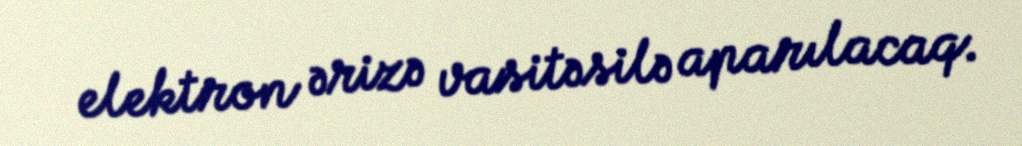
elektron ərizə vasitəsilə aparılacaq.